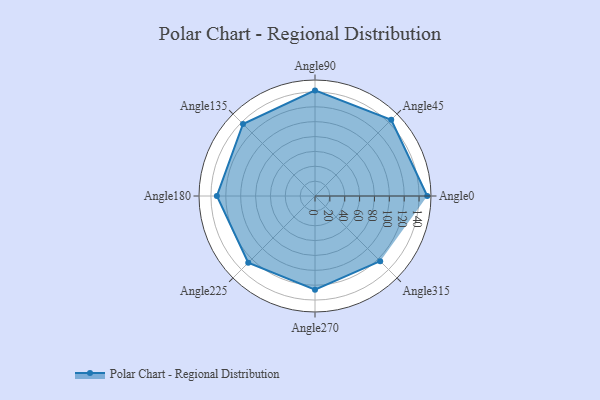
{"axis": {"x": "Angle", "y": "Radius"}, "legend": [""], "data": [{"x": "Angle0", "y": 151.0, "type": ""}, {"x": "Angle45", "y": 145.0, "type": ""}, {"x": "Angle90", "y": 142.0, "type": ""}, {"x": "Angle135", "y": 137.0, "type": ""}, {"x": "Angle180", "y": 132.0, "type": ""}, {"x": "Angle225", "y": 127.0, "type": ""}, {"x": "Angle270", "y": 126.0, "type": ""}, {"x": "Angle315", "y": 124.0, "type": ""}]}